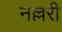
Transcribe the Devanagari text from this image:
नल्लरी